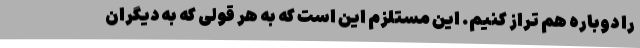
را دوباره هم تراز کنیم. این مستلزم این است که به هر قولی که به دیگران